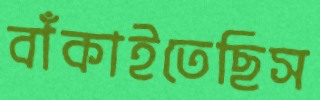
বাঁকাইতেছিস